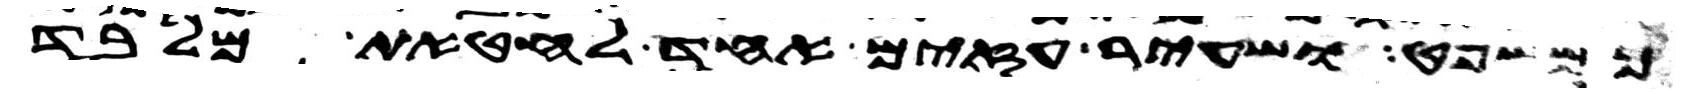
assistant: כמשפט ושעיר עזים אחד לחטאת מלבד